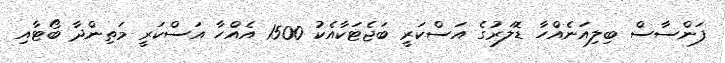
ފަންސާސް ބިލިއަނެއްހާ ޑޮލަރުގެ އަސްކަރީ ބަޖެޓަކާއެކު 1500 އެއްހާ އަސްކަރީ މަތިންދާ ބޯޓާއި